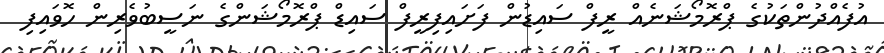
އުފެއްދުންތަކުގެ ޕްރޮމޯޝަނެއް ރީފް ސައިޑުން ފަށައިފިރީފް ސައިޑް ޕްރޮމޯޝަންގެ ނަސީބުވެރިން ހޮވައިފި